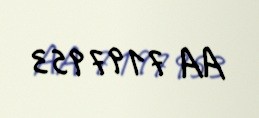
AA 7197953